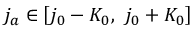
j _ { a } \in \left[ j _ { 0 } - K _ { 0 } , \ j _ { 0 } + K _ { 0 } \right]